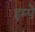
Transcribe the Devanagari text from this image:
इम्पे